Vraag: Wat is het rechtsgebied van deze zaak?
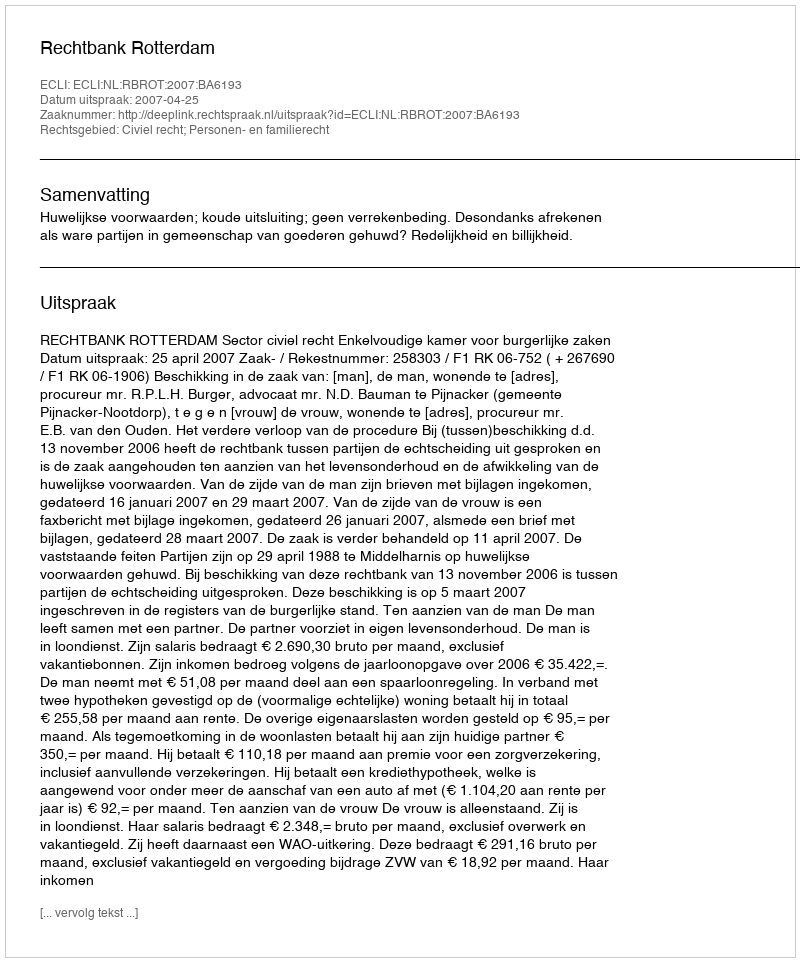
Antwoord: Civiel recht; Personen- en familierecht